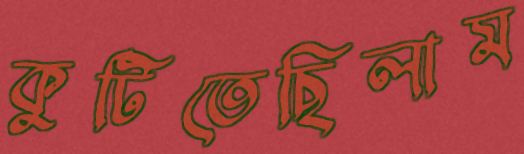
কুটিতেছিলাম